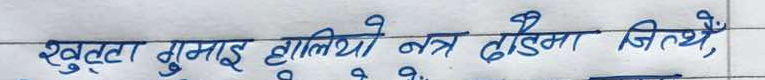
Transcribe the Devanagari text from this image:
खुट्टा गुमाई हात्तिथो नत्र दौडमा जित्थे,